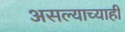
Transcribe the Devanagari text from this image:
असल्याच्याही